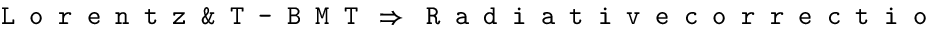
\texttt { L o r e n t z \& T - B M T } \Rightarrow \texttt { R a d i a t i v e c o r r e c t i o n } \Rightarrow \texttt { V B } \Rightarrow \texttt { N B W } \Rightarrow \texttt { N C S \& B r e m s s }